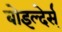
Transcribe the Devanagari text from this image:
बोइल्देर्स्